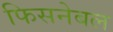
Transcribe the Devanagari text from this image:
फिसनेबल